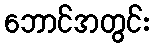
ဘောင်အတွင်း